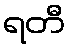
ရတီ